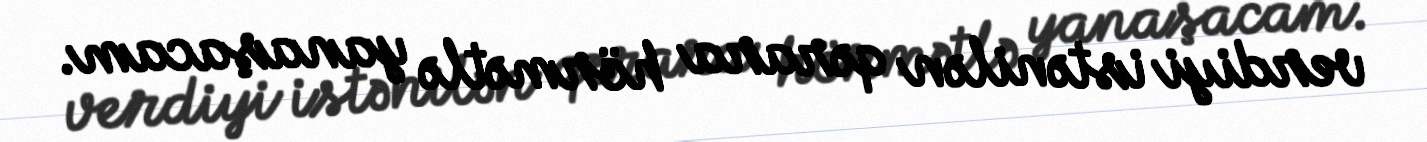
verdiyi istənilən qərara hörmətlə yanaşacam.